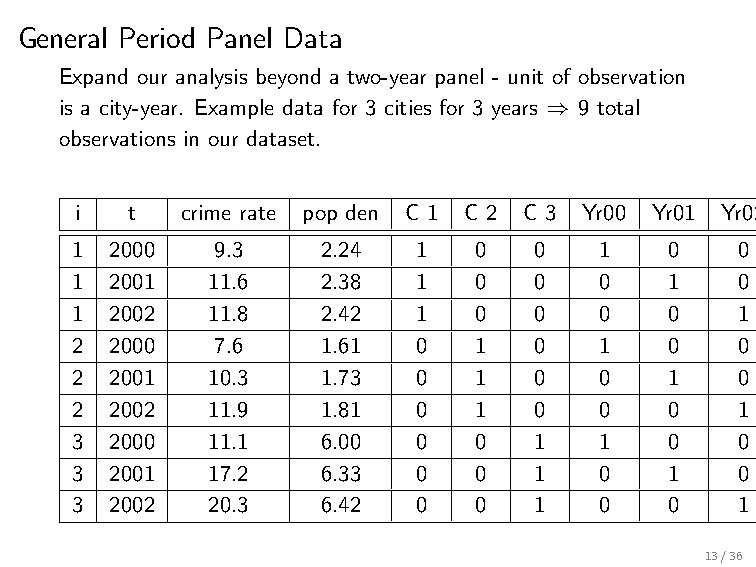
General Period Panel Data
 Expand our analysis beyond a two-year panel - unit of observation
 is a city-year. Example data for 3 cities for 3 years ⇒ 9 total
 observations in our dataset.
 i  t   crime rate pop den C 1 C 2 C 3 Yr00 Yr01 Yr02
 1 2000   9.3    2.24   1  0   0    1   0    0
 1 2001   11.6   2.38   1  0   0    0   1    0
 1 2002   11.8   2.42   1  0   0    0   0    1
 2 2000   7.6    1.61   0  1   0    1   0    0
 2 2001   10.3   1.73   0  1   0    0   1    0
 2 2002   11.9   1.81   0  1   0    0   0    1
 3 2000   11.1   6.00   0  0   1    1   0    0
 3 2001   17.2   6.33   0  0   1    0   1    0
 3 2002   20.3   6.42   0  0   1    0   0    1
 13/36